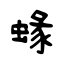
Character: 蝝